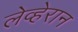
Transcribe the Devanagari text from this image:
लेव्हेरान